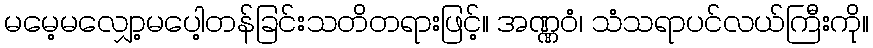
မမေ့မလျှော့မပေါ့တန်ခြင်းသတိတရားဖြင့်။ အဏ္ဏဝံ၊ သံသရာပင်လယ်ကြီးကို။